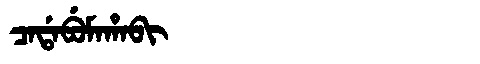
Manchu: ᠴᠠᡩᠠᠪᡠᠮᠠᡥᠠᠪᡳ
Romanization: CADABUMAHABI